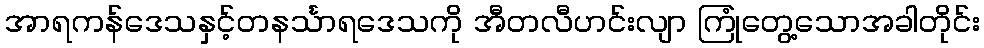
အာရကန်ဒေသနှင့်တနင်္သာရဒေသကို အီတလီဟင်းလျာ ကြုံတွေ့သောအခါတိုင်း